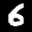
Label: 6